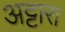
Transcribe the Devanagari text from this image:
अट्टारा